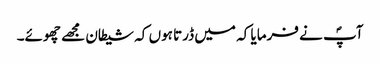
آپؐ نے فرمایا کہ میں ڈرتا ہوں کہ شیطان مجھے چھوئے۔